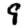
Digit: 9